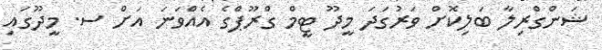
ޝަންގްރިލާ ބަލިކޮށް ވަރުގަދަ މީދޫ ޓީމް ގްރޫޕްގެ އެއްވަނަ އަށް ސ. މީދޫގައި